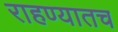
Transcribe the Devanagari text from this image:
राहण्यातच